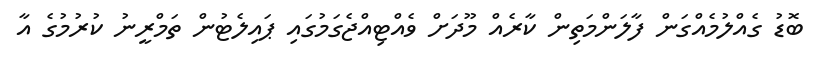
ބޮޑު ގެއްލުމެއްގަން ފާލަންމަތިން ކާރެއް މޫދަށް ވެއްޓިއްޖެގަމުގައި ޕައިލެޓުން ތަމްރީނު ކުރުމުގެ އާ